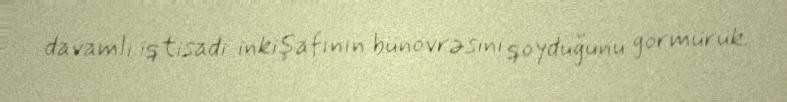
davamlı iqtisadi inkişafının bünövrəsini qoyduğunu görmürük.